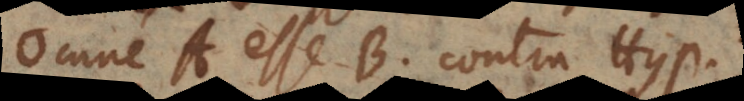
omne A esse B, contra Hyp.